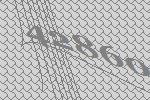
42860